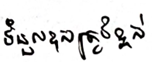
ទំនួលខុសត្រូវខ្ពស់